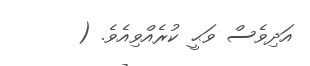
އަދިވެސް ވަޙީ ކުރެއްވިއެވެ. (